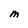
Character: M